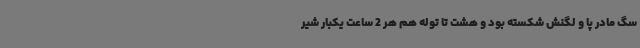
سگ مادر پا و لگنش شکسته بود و هشت تا توله هم هر 2 ساعت یکبار شیر